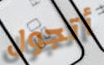
أتجول